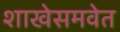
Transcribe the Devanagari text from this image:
शाखेसमवेत